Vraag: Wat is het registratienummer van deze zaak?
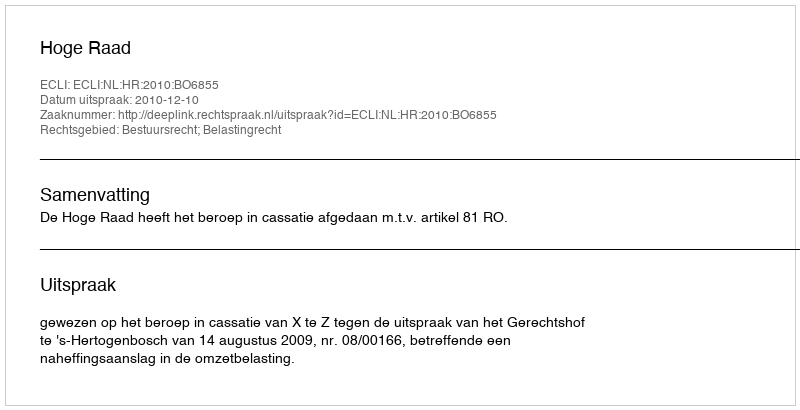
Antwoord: http://deeplink.rechtspraak.nl/uitspraak?id=ECLI:NL:HR:2010:BO6855